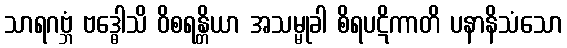
သာရဂဗ္ဘံ ဗဒ္ဓေါသိ ဝိစရန္တိယာ အသမ္မုခါ စိရပဋိကာတိ ပနာနိသံသော